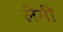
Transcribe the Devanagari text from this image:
लेंगीं